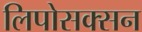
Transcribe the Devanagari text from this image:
लिपोसक्सन